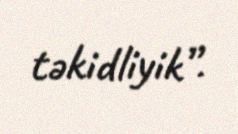
təkidliyik”.